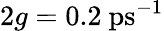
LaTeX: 2g=0.2\ \mathrm{ps}^{-1}